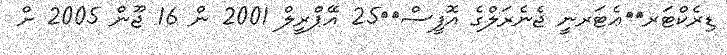
ޑިރެކްޓަރ		ޢެޓަރނީ ޖެނެރަލްގެ އޮފީސް		25 އޭޕްރީލް 2001 ން 16 ޖޫން 2005 ށް